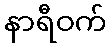
နာရီဝက်